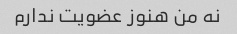
نه من هنوز عضویت ندارم